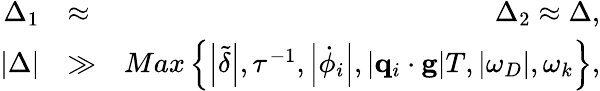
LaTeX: \begin{array}{rlr}{\Delta_{1}}&{\approx}&{\Delta_{2}\approx\Delta,}\\ {\left\vert\Delta\right\vert}&{\gg}&{Max\left\{ \left\vert\tilde{\delta}\right\vert,\tau^{-1},\left\vert\dot{\phi}_{i}\right\vert,\left\vert\mathbf{q}_{i}\cdot\mathbf{g}\right\vert T,\left\vert\omega_{D}\right\vert,\omega_{k}\right\} ,}\end{array}